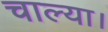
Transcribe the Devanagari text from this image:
चाल्या।